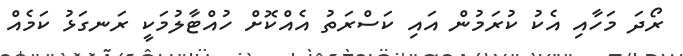
ރޯދަ މަހާއި އެކު ކުރަމުން އައި ކަސްރަތު އެއްކޮށް ހުއްޓާލުމަކީ ރަނގަޅު ކަމެއް